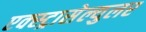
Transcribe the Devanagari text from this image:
एक्स्ट्रासेल्युलर